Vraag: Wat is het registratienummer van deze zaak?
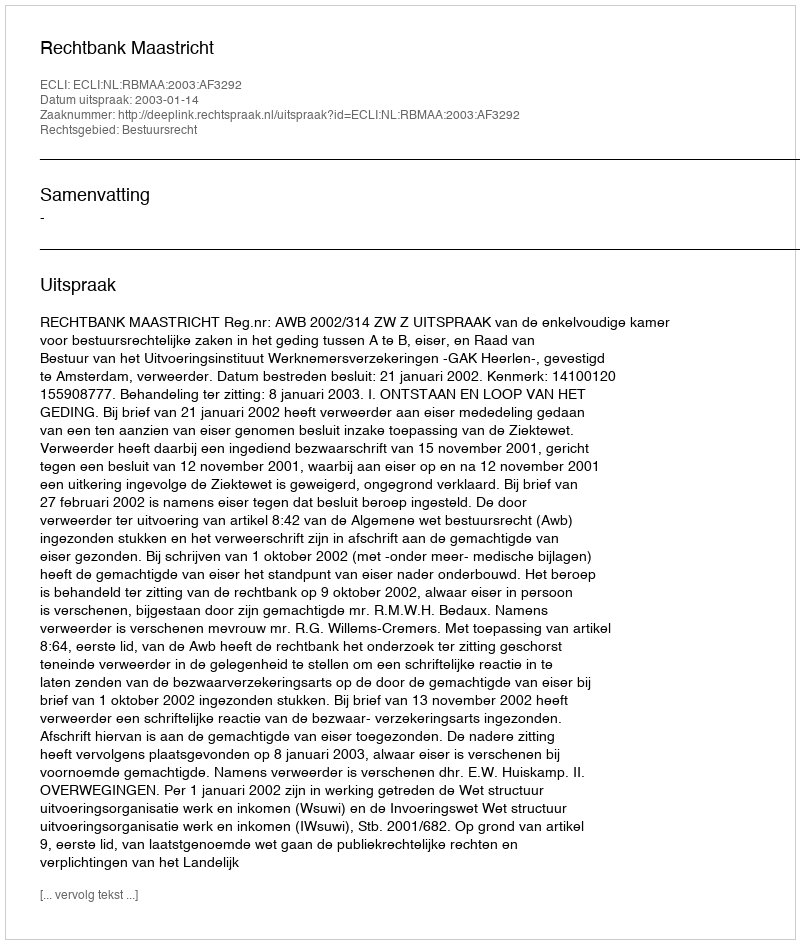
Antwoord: http://deeplink.rechtspraak.nl/uitspraak?id=ECLI:NL:RBMAA:2003:AF3292